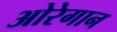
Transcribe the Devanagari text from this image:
ओरेगान